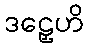
ဒဠှေဟိ